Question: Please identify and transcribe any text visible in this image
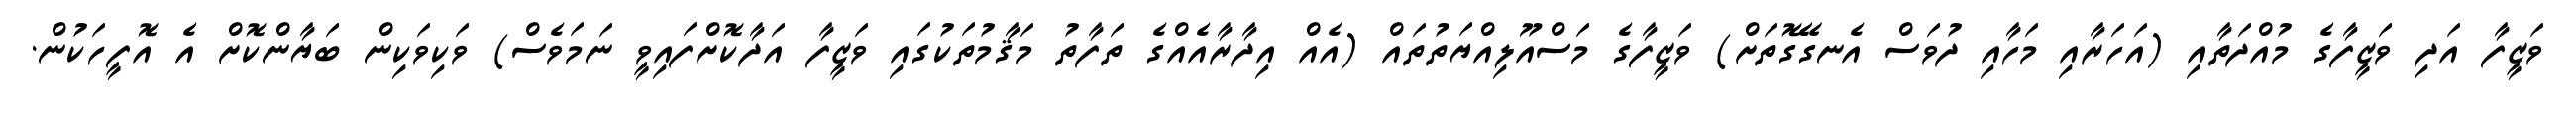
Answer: ވަޒީފާ އަދި ވަޒީފާގެ މުއްދަތާއި (އަހަރާއި މަހާއި ދުވަސް އެނގޭގޮތަށް) ވަޒީފާގެ މަސްއޫލިއްޔަތުތައް (އެއް އިދާރާއެއްގެ ތަފާތު މަޤާމުތަކުގައި ވަޒީފާ އަދާކޮށްފައިވީ ނަމަވެސް) ވަކިވަކިން ބަޔާންކޮށް އެ އޮފީހަކުން.